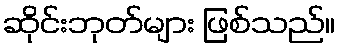
ဆိုင်းဘုတ်များ ဖြစ်သည်။